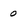
Character: 0